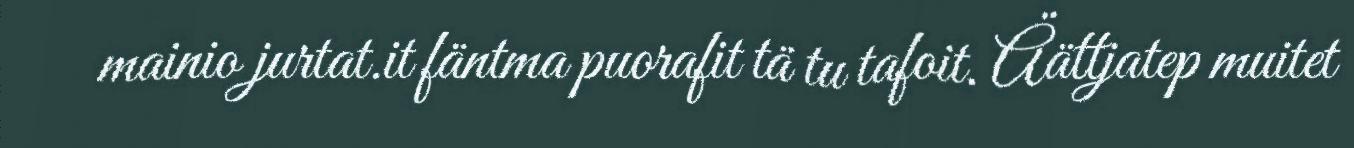
mainio jurtat.it fäntma puorafit tä tu tafoit. Äättjatep muitet